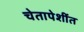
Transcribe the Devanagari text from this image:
चेतापेशींत